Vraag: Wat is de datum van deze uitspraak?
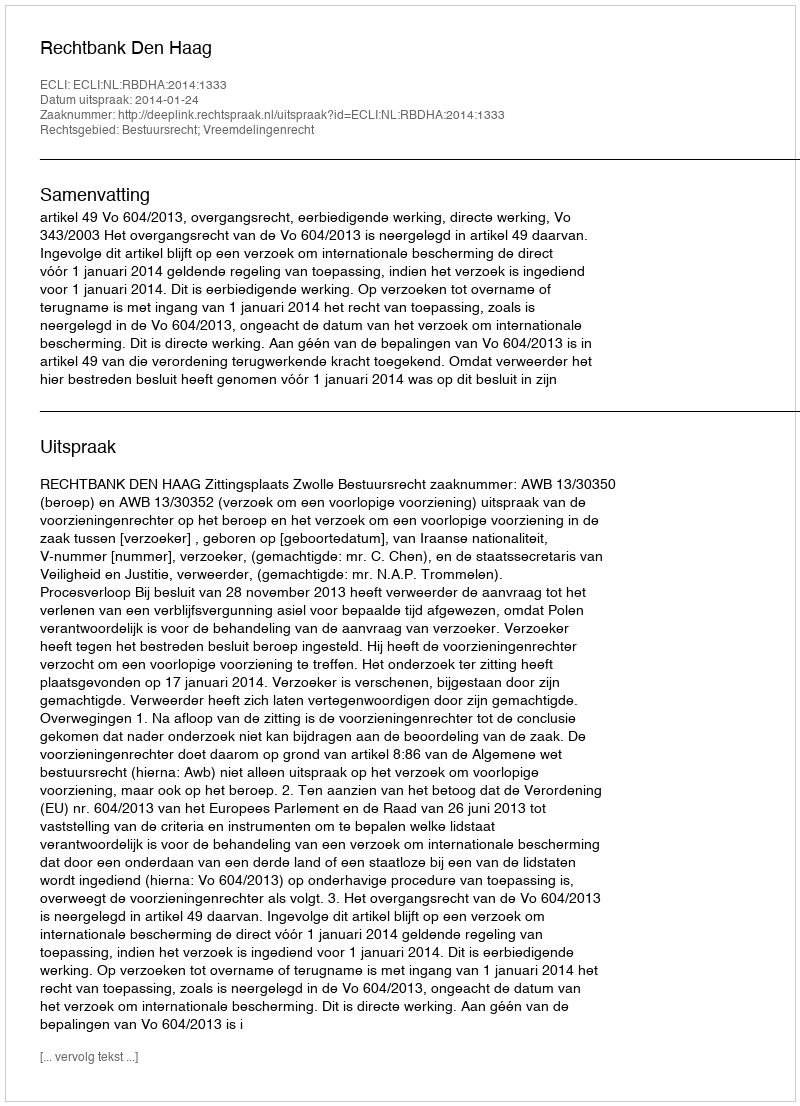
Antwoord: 2014-01-24